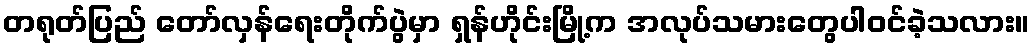
တရုတ်ပြည် တော်လှန်ရေးတိုက်ပွဲမှာ ရှန်ဟိုင်းမြို့က အလုပ်သမားတွေပါဝင်ခဲ့သလား။